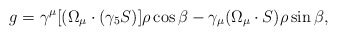
\begin{align*}g = \gamma^{\mu}[(\Omega_{\mu}\cdot (\gamma_5 S)]\rho\cos{\beta} -\gamma_{\mu}(\Omega_{\mu}\cdot S)\rho\sin{\beta} ,\end{align*}